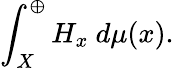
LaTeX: \int_{X}^{\oplus}H_{x}\ d\mu(x).